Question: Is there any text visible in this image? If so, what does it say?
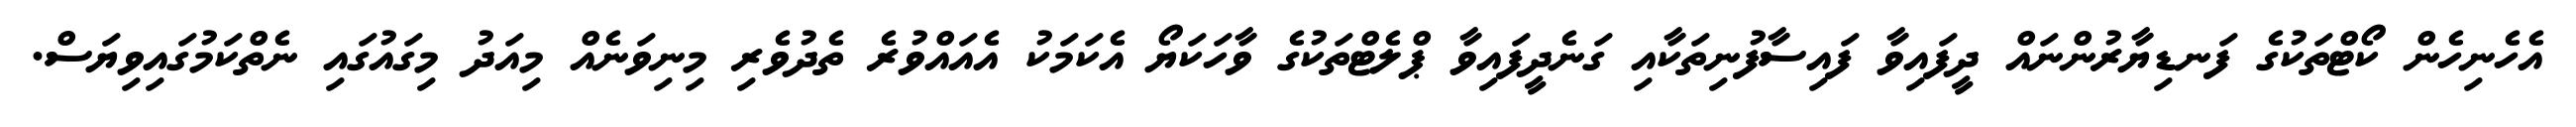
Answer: އެހެނިހެން ކޯޓްތަކުގެ ފަނޑިޔާރުންނައް ދީފައިވާ ފައިސާފުނިތަކާއި ގަނެދީފައިވާ ޕްލެޓްތަކުގެ ވާހަކަޔޯ އެކަމަކު އެއައްވުރެ ތެދުވެރި މިނިވަނެއް މިއަދު މިގައުގައި ނެތްކަމުގައިވިޔަސް.